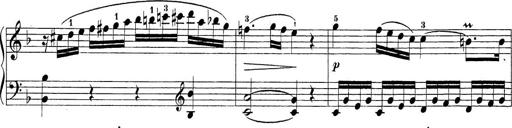
Title: Sonatina Album
Composer: Louis KÃ¶hler